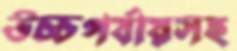
উচ্চপর্যায়সহ